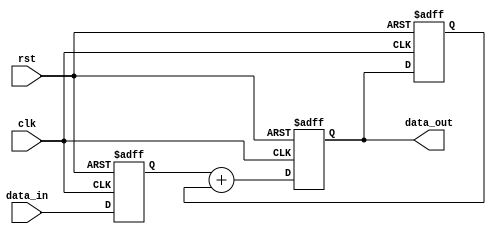
module PipelineAccumulator (
    input wire clk,
    input wire rst,
    input wire [31:0] data_in,
    output wire [31:0] data_out
);

reg [31:0] pipeline_reg [2:0];

always @ (posedge clk or posedge rst) begin
    if (rst) begin
        pipeline_reg[0] <= 0;
        pipeline_reg[1] <= 0;
        pipeline_reg[2] <= 0;
    end else begin
        pipeline_reg[0] <= data_in;
        pipeline_reg[1] <= pipeline_reg[0] + pipeline_reg[2];
        pipeline_reg[2] <= pipeline_reg[1];
    end
end

assign data_out = pipeline_reg[1];

endmodule